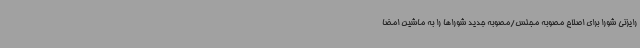
رایزنی شورا برای اصلاح مصوبه مجلس/مصوبه جدید شوراها را به ماشین امضا